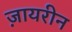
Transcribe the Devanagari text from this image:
ज़ायरीन